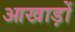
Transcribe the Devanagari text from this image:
आखाड़ों